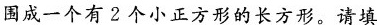
围成一个有2个小正方形的长方形。请填